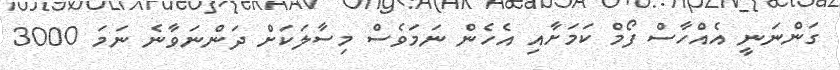
ގަންނަނީ އެއްހާސް ފޯމް ކަމަށާއި އެހެން ނަމަވެސް މިސާލަކަަށް ދަންނަވާނެ ނަމަ 3000